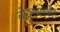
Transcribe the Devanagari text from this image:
तोदरबारऔर